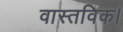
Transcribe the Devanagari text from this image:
वास्तविक।